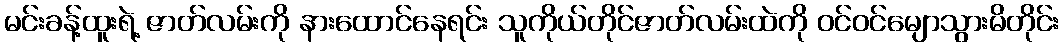
မင်းခန့်ထူးရဲ့ ဇာတ်လမ်းကို နားထောင်နေရင်း သူကိုယ်တိုင်ဇာတ်လမ်းထဲကို ဝင်ဝင်မျောသွားမိတိုင်း